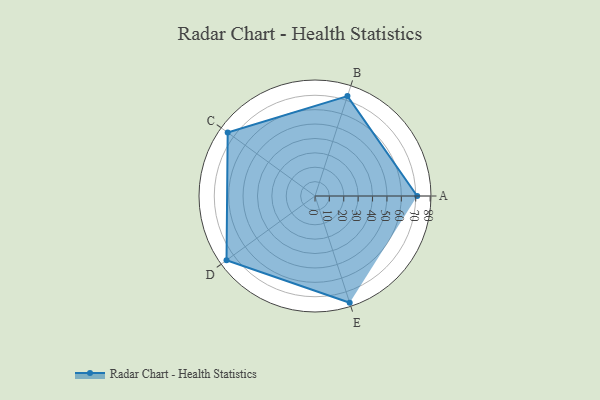
{"axis": {"x": "Skill", "y": "Score"}, "legend": ["Profile"], "data": [{"x": "A", "y": 71.0, "type": "Profile"}, {"x": "B", "y": 73.0, "type": "Profile"}, {"x": "C", "y": 75.0, "type": "Profile"}, {"x": "D", "y": 76.0, "type": "Profile"}, {"x": "E", "y": 78.0, "type": "Profile"}]}